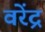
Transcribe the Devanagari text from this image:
वरेंद्र